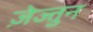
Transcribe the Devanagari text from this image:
ज़ेज्तुन